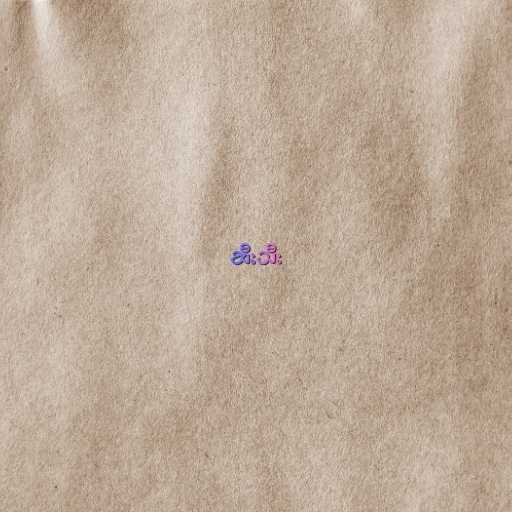
ဆီးသီး